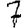
Digit: 7